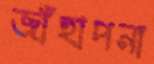
জাঁহাপনা